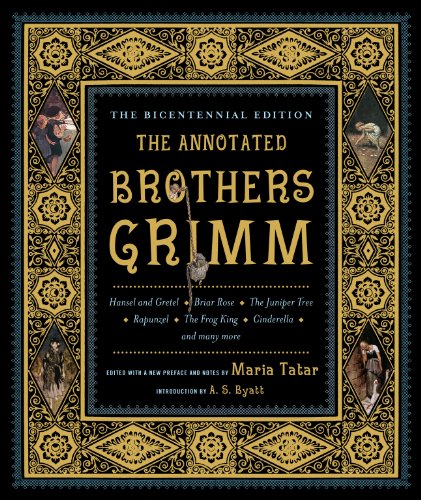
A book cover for The Annotated Brothers Grimm (The Bicentennial Edition); Jacob Grimm; Literature & Fiction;